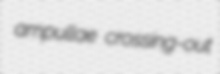
ampullae crossing-out